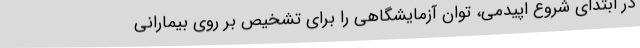
در ابتدای شروع اپیدمی، توان آزمایشگاهی را برای تشخیص بر روی بیمارانی